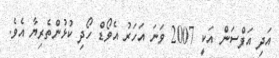
އަދި އަފްސަން އަކީ 2007 ވަނަ އަހަރު އެވޯޑް ހޯދި ކުޅުންތެރިޔާ އެވެ.